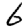
Digit: 6